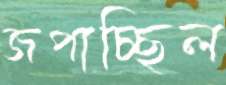
জপাচ্ছিল